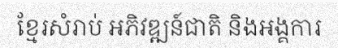
ខ្មែរសំរាប់ អភិវឌ្ឍន៍ជាតិ និងអង្គការ